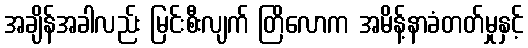
အချိန်အခါလည်း မြင်းစီးလျက် တြိလောက အမိန့်နာခံတတ်မှုနှင့်